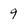
Character: 9